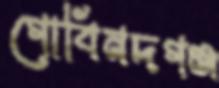
গোবিনদগঞ্জ